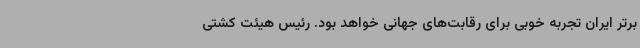
برتر ایران تجربه خوبی برای رقابت‌های جهانی خواهد بود. رئیس هیئت کشتی